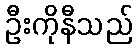
ဦးကိုနီသည်